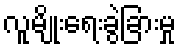
လူမျိုးရေးခွဲခြားမှု